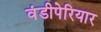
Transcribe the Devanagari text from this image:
वंडीपेरियार